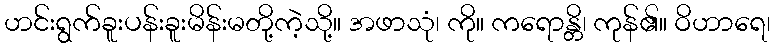
ဟင်းရွက်ခူးပန်းခူးမိန်းမတို့ကဲ့သို့။ အဖာသုံ၊ ကို။ ကရောန္တိ၊ ကုန်၏။ ဝိဟာရေ၊